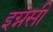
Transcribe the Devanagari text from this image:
इग्नेसी